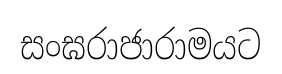
සංඝරාජාරාමයට